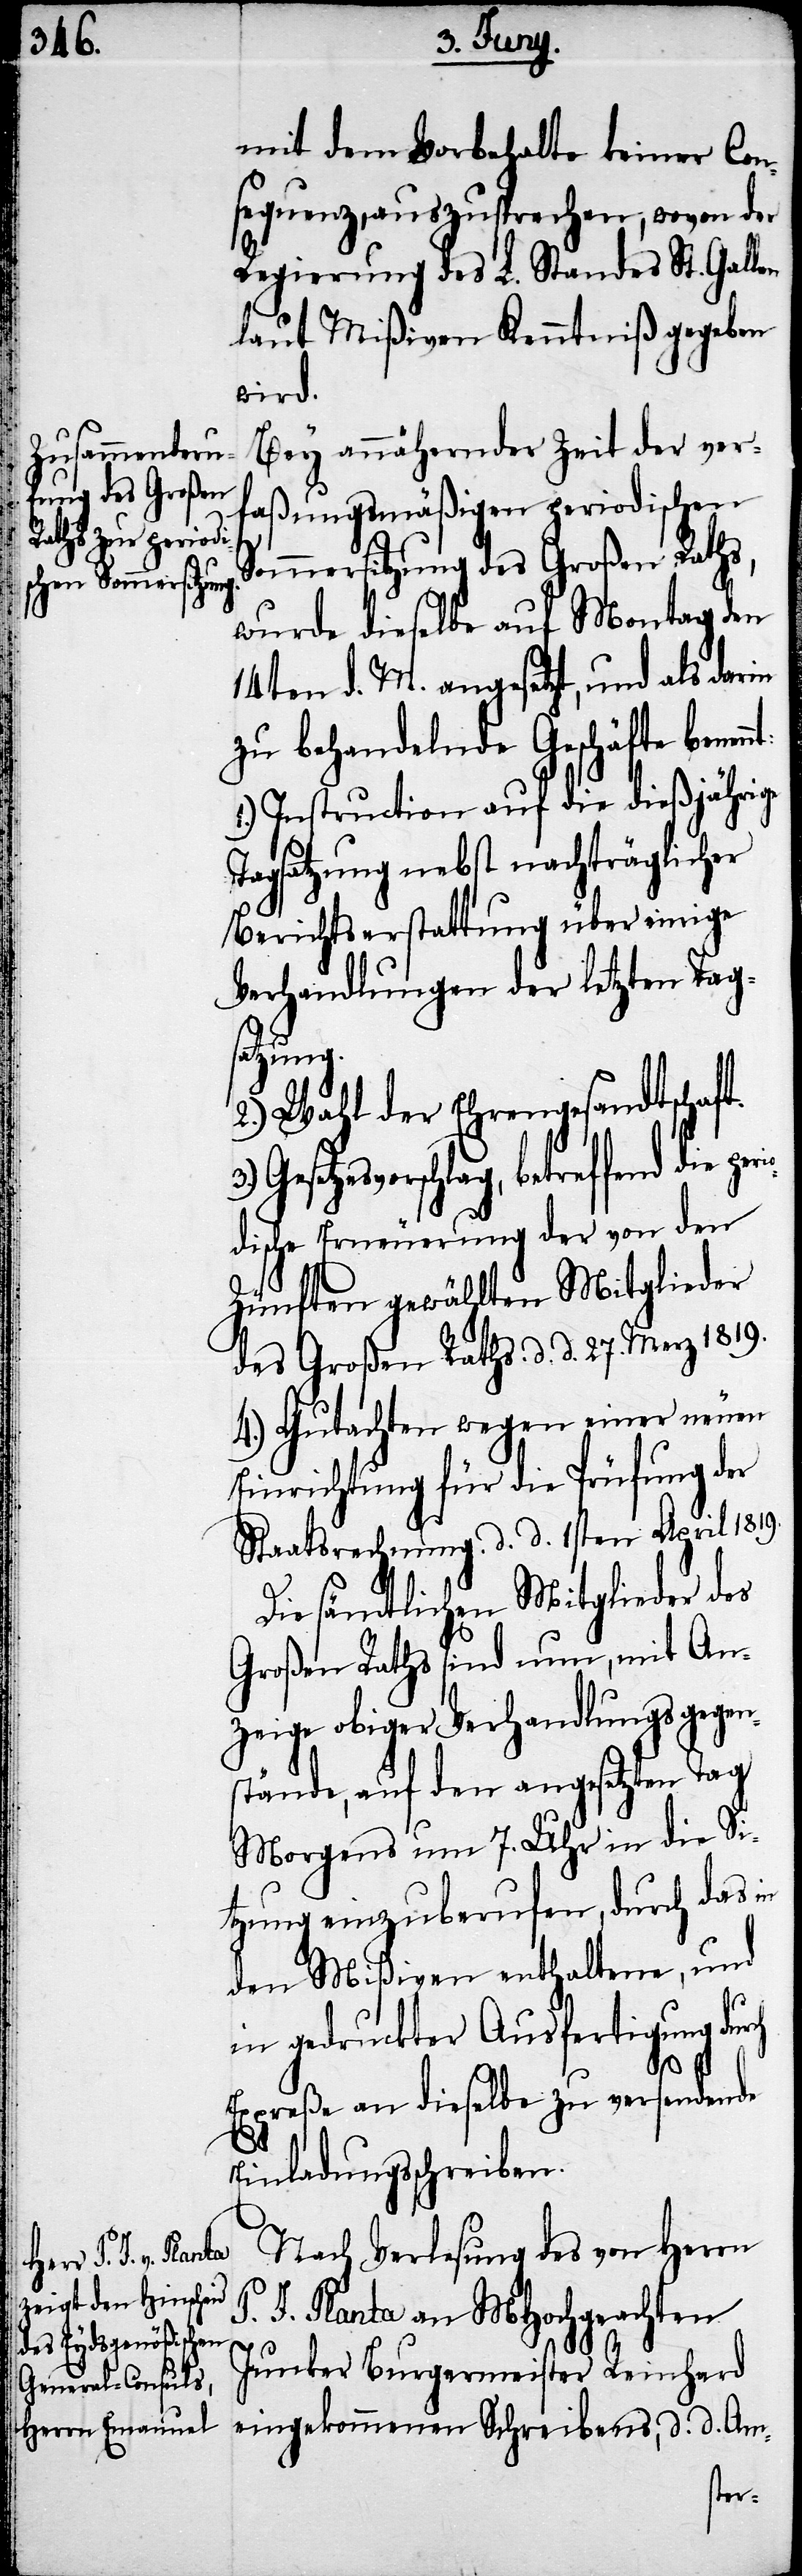
mit dem Vorbehalte keiner Con¬
sequenz, auszusprechen, wovon der
Regierung des L. Standes St. Gallen
laut Mißiven Kenntniß gegeben
wird.
Bey annäherder Zeit der ver¬
faßungsmäßigen periodischen
Sommersitzung des Großen Raths,
wurde dieselbe auf Montag den
14ten d. M. angesetzt, und als darin
zu behandelnde Geschäfte benen¬
1.) Instruction auf die dießjährige
Tagsatzung nebst nachträglicher
Berichtserstattung über einige
Verhandlungen der letzten Tag¬
satzung.
2.) Wahl der Ehrengesandtschaft.
Gesetzesvorschlag, betreffend die p¬
odische Erneuerung der von den
Zünften gewählten Mitglieder
des Großen Raths d. d. 27. Merz 1819.
4.) Gutachten wegen einer neuen
Einrichtung für die Prüfung der
Staatsrechnung d. d. 1sten April 1819.
Die sämtlichen Mitglieder des
Großen Raths sind nun, mit An¬
zeige obiger Verhandlungsgegen¬
stände, auf den angesetzten Tag
Morgens um 7. Uhr in die Si¬
tzung einzuberufen, durch das in
den Mißiven enthaltene, und
in gedruckter Ausfertigung dur¬
ch
Expreße an dieselbe zu versendende
Einladungsschreiben.
Nach Verlesung des von Herrn
J. Planta an MHochgeachten
Junker Burgermeister Reinhard
eingekommenen Schreibens, d. d. Am-
eri¬